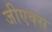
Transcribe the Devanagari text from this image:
जीएक्स